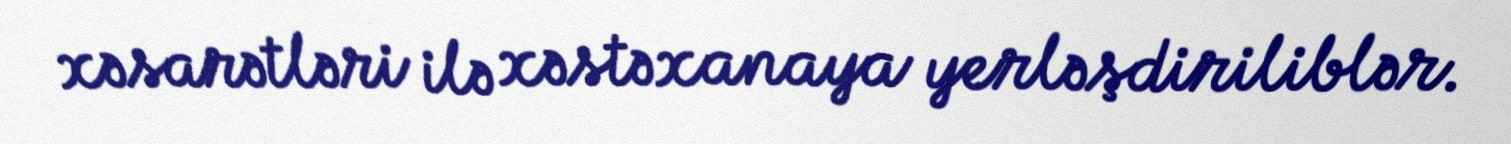
xəsarətləri ilə xəstəxanaya yerləşdiriliblər.